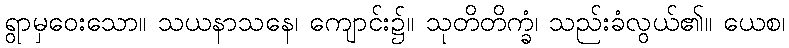
ရွာမှဝေးသော။ သယနာသနေ၊ ကျောင်း၌။ သုတိတိက္ခံ၊ သည်းခံလွယ်၏။ ယေစ၊